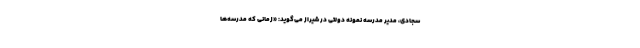
سجادی، مدیر مدرسه نمونه دولتی در شیراز می‌گوید: «‌زمانی که مدرسه‌ها